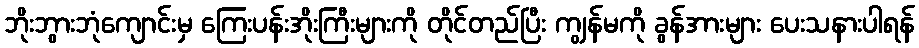
ဘိုးဘွားဘုံကျောင်းမှ ကြေးပန်းအိုးကြီးများကို တိုင်တည်ပြီး ကျွန်မကို ခွန်အားများ ပေးသနားပါရန်